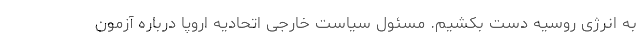
به انرژی روسیه دست بکشیم. مسئول سیاست خارجی اتحادیه اروپا درباره آزمون